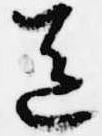
送